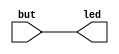
/******************************************************************************
*                                                                             *
* Copyright 2016 myStorm Copyright and related                                *
* rights are licensed under the Solderpad Hardware License, Version 0.51      *
* (the License); you may not use this file except in compliance with        *
* the License. You may obtain a copy of the License at                        *
* http://solderpad.org/licenses/SHL-0.51. Unless required by applicable       *
* law or agreed to in writing, software, hardware and materials               *
* distributed under this License is distributed on an AS IS BASIS,          *
* WITHOUT WARRANTIES OR CONDITIONS OF ANY KIND, either express or             *
* implied. See the License for the specific language governing                *
* permissions and limitations under the License.                              *
*                                                                             *
******************************************************************************/

module button_led (output led, input but);

	assign led = but;

endmodule